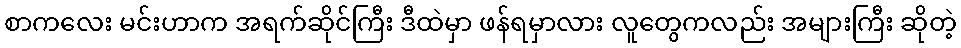
စာကလေး မင်းဟာက အရက်ဆိုင်ကြီး ဒီထဲမှာ ဖန်ရမှာလား လူတွေကလည်း အများကြီး ဆိုတဲ့